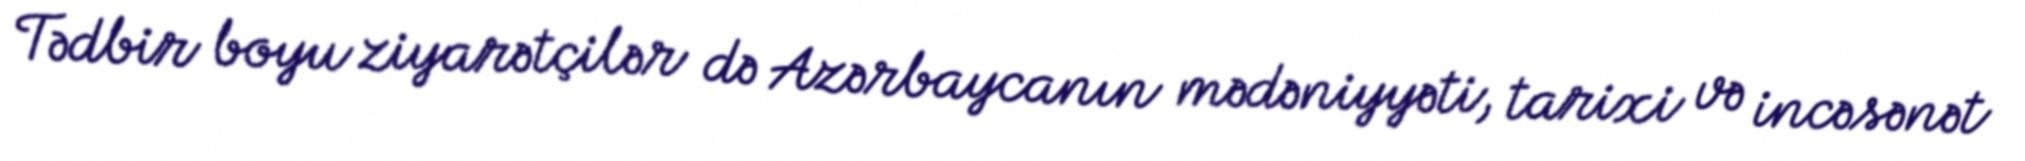
Tədbir boyu ziyarətçilər də Azərbaycanın mədəniyyəti, tarixi və incəsənət